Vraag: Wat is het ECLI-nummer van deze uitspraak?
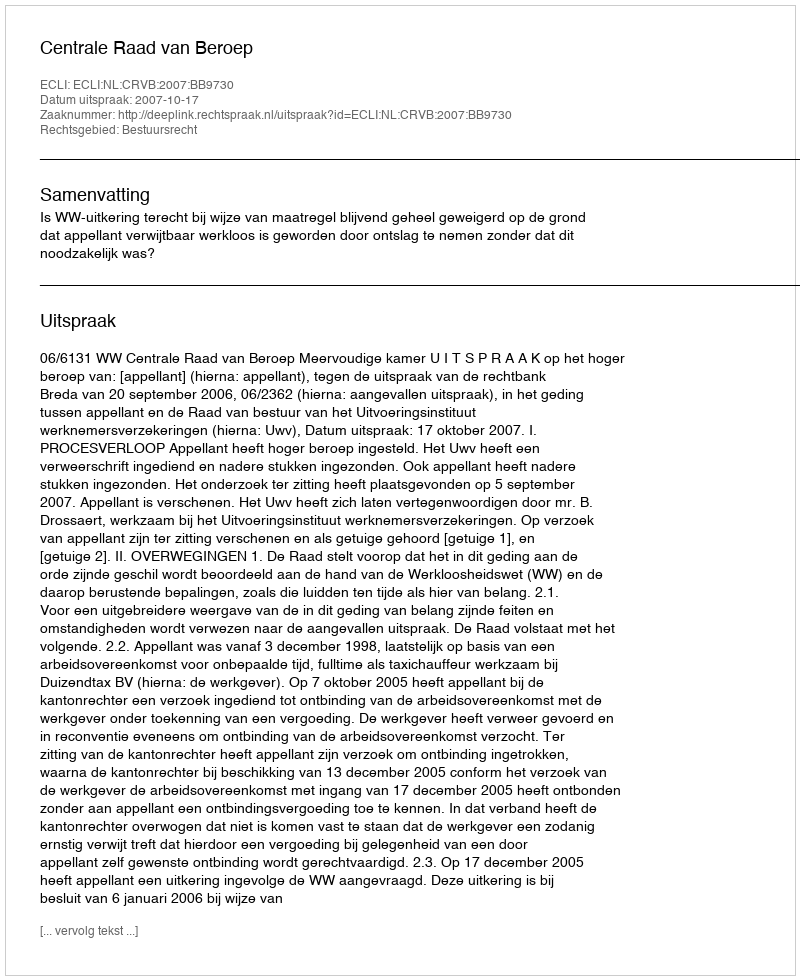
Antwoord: ECLI:NL:CRVB:2007:BB9730